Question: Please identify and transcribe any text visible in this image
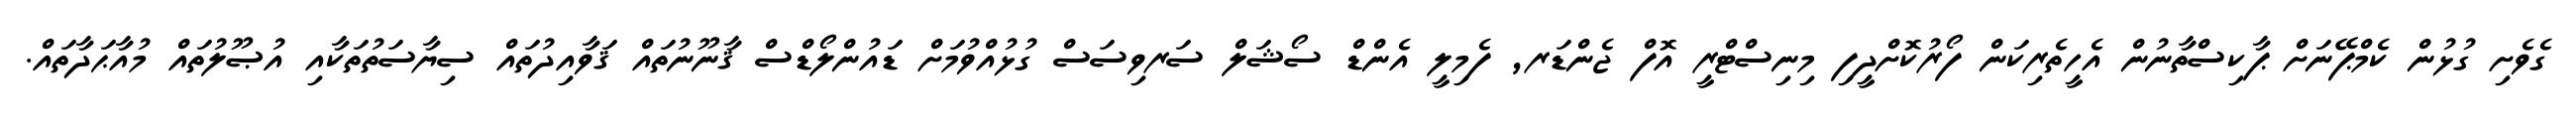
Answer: ގެވެށި ގުޅުން ކެމްޕޭނަށް ޕާކިސްތާނުން އެހީތެރިކަން ފޯރުކޮށްދީފި މިނިސްޓްރީ އޮފް ޖެންޑަރ, ފެމިލީ އެންޑް ސޯޝަލް ސަރވިސަސް ގުޅުއްވުމަށް ޑައުންލޯޑްސް ޤާނޫނުތައް ޤަވާއިދުތައް ސިޔާސަތުތަކާއި އުޞޫލުތައް މުއާޙަދާތައް.